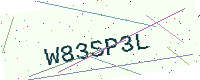
Text: W83SP3L